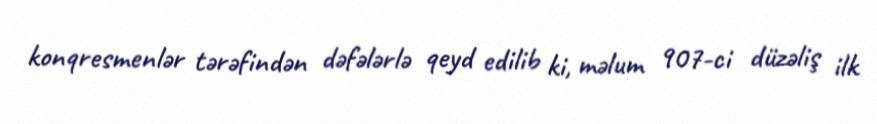
konqresmenlər tərəfindən dəfələrlə qeyd edilib ki, məlum 907-ci düzəliş ilk